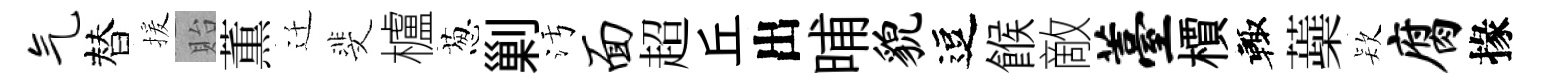
气替援貽薫迁斐櫨葱剿污面超丘出晡貌逗餱敵薹檟輙蘃𣣇腐掾